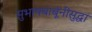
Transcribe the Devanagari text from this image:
सुभाषबाबूंनीसुद्धा